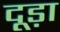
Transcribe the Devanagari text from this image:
दूड़ा